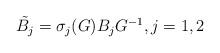
LaTeX: \begin{align*}\begin{aligned}\tilde{B_j} & = \sigma_j(G)B_jG^{-1}, j=1,2\end{aligned} \end{align*}